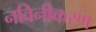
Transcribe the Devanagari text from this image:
नविनीकरण